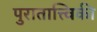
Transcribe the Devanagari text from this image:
पुरातात्त्विकी